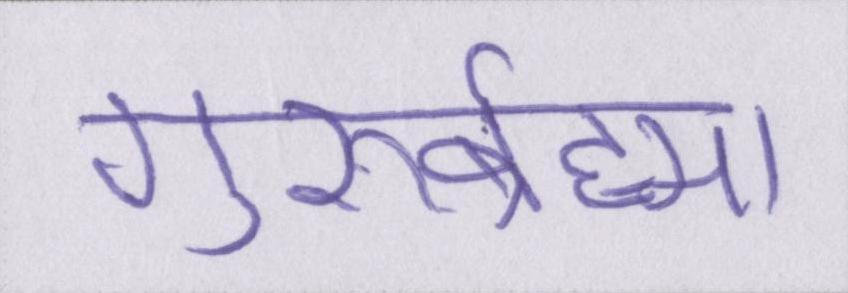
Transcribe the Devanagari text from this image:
गुरुर्ब्रह्मा